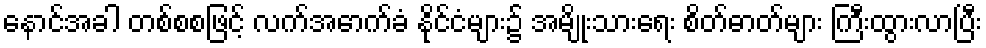
နောင်အခါ တစ်စစဖြင့် လက်အောက်ခံ နိုင်ငံများ၌ အမျိုးသားရေး စိတ်ဓာတ်များ ကြီးထွားလာပြီး